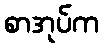
စာအုပ်က